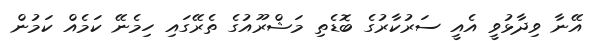
އޭނާ ވިދާޅުވީ އެއީ ސަރުކާރުގެ ބޮޑެތި މަޝްރޫއުގެ ތެރޭގައި ހިމެނޭ ކަމެއް ކަމުން